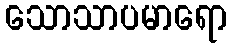
သောသာပမာရော